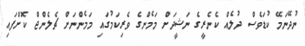
ނުދޭނަމޭ ކުޑަވެސް ދުލެއް ކެނެރީގެ ނަޝީދަށް މަމެންގެ ވެރިކަމުގައި މަމެންނަށް ޗެލެންޖް ކޮށްފައި